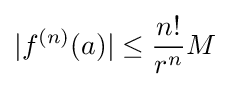
|f^{(n)}(a)|\leq {\frac {n!}{r^{n}}}M